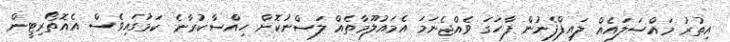
އިތުރު މައްސަލައެއް ލައިފްފެނުން ފާހަގަ ވެއްޖެނަމަ އެމައުލޫމާތެއް ލަސްނުކޮށް ހިއްސާކުރާނެ ކަމުގައިވެސް އެއޮތޯރިޓީން